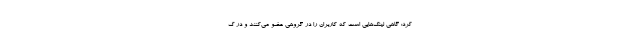
کرد: گاهی لینک‌هایی است که کاربران را در گروهی عضو می‌کنند و در ک